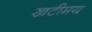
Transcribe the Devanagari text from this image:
खटीमय